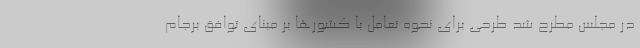
در مجلس مطرح شد طرحی برای نحوه تعامل با کشورها بر مبنای توافق برجام